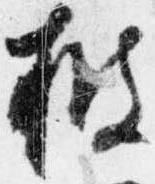
被